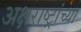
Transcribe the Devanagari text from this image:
अक्षराष्ट्रांच्या